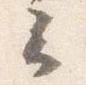
云